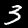
Digit: 3